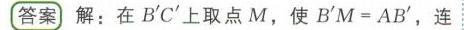
**答案** 解：在\(B'C'\)上取点\(M\)，使\(B'M = AB'\)，连